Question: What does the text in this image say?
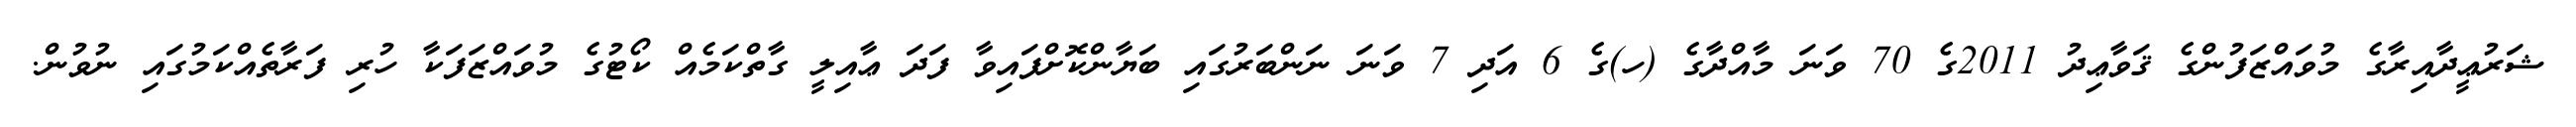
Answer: ޝަރުޢީދާއިރާގެ މުވައްޒަފުންގެ ޤަވާޢިދު 2011ގެ 70 ވަނަ މާއްދާގެ (ހ)ގެ 6 އަދި 7 ވަނަ ނަންބަރުގައި ބަޔާންކޮށްފައިވާ ފަދަ ޢާއިލީ ގާތްކަމެއް ކޯޓުގެ މުވައްޒަފަކާ ހުރި ފަރާތެއްކަމުގައި ނުވުން.